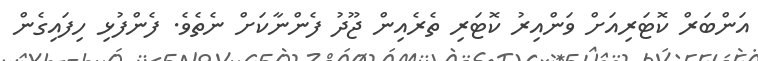
އަންބަރް ކޮޓަރިއަށް ވަންއިރު ކޮޓަރި ތެރެއިން ޖޫދު ފެންނާކަށް ނެތެވެ. ފެންފުޅި ހިފައިގެން